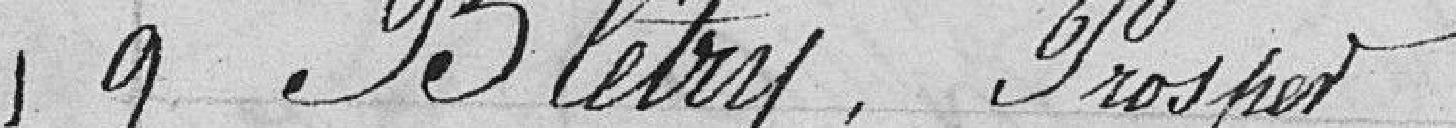
9 Blétry, Prosper